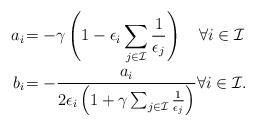
LaTeX: \begin{align*}a_i \!&= -\gamma\left( 1- \epsilon_i \sum_{j \in \mathcal{I}}{\frac{1}{\epsilon_j}}\right) \quad\forall i \in \mathcal{I} \\ b_i\!&= -\frac{a_i}{2\epsilon_i\left( 1+ \gamma \sum_{j \in \mathcal{I}}{\frac{1}{\epsilon_j}}\right)} \forall i \in \mathcal{I}. \end{align*}